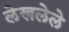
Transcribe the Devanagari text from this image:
लेखलेले